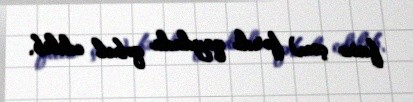
faiz çox) fərdi qaydada qəbul edilib.